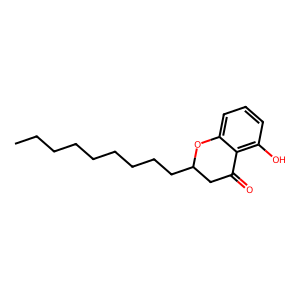
SMILES: CCCCCCCCCC1CC(=O)c2c(O)cccc2O1
Inhibits HIV replication: No